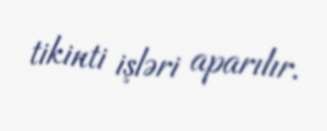
tikinti işləri aparılır.